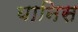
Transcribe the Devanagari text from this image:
यानिस